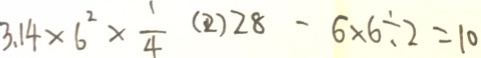
3 . 1 4 \times 6 ^ { 2 } \times \frac { 1 } { 4 } ( 2 ) 2 8 - 6 \times 6 \div 2 = 1 0